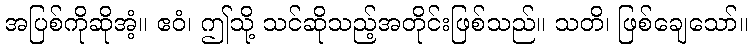
အပြစ်ကိုဆိုအံ့။ ဧဝံ၊ ဤသို့ သင်ဆိုသည့်အတိုင်းဖြစ်သည်။ သတိ၊ ဖြစ်ချေသော်။